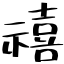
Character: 禧